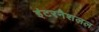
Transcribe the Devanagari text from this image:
इंटरनैशलल